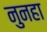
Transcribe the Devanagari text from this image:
नुनहा